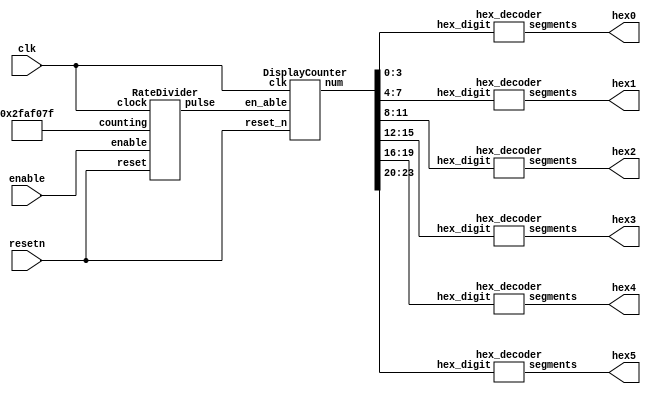
module outsideCounter(clk, resetn, enable, hex0, hex1, hex2, hex3, hex4, hex5);
	input clk;
	input resetn, enable;
	output [6:0] hex0, hex1, hex2, hex3, hex4, hex5;
	wire signal;
	wire [23:0] display;
	
	RateDivider rate(
		.pulse(signal),
		.enable(enable),
		.reset(resetn),
		.clock(clk),
		.counting(28'd49_999_999)
		);
					
	DisplayCounter dis(
		.num(display), 
		.en_able(signal), 
		.reset_n(resetn), 
		.clk(clk)
		);
	
	hex_decoder h0(.hex_digit(display[3:0]), .segments(hex0));
	hex_decoder h1(.hex_digit(display[7:4]), .segments(hex1));
	hex_decoder h2(.hex_digit(display[11:8]), .segments(hex2));
	hex_decoder h3(.hex_digit(display[15:12]), .segments(hex3));
	hex_decoder h4(.hex_digit(display[19:16]), .segments(hex4));
	hex_decoder h5(.hex_digit(display[23:20]), .segments(hex5));

endmodule

module RateDivider(
output pulse, 
input enable, 
input reset, 
input clock, 
input [27:0] counting
);
	
	reg [27:0] out;
	
	always @(posedge clock)
	begin
		if (reset == 1'b0)
			out[27:0] <= counting[27:0];
		else if (enable == 1'b1)
			begin
				if (out == 28'd0)
					out <= counting[27:0];
				else
					out <= out - 1'd1;
			end
	end
	
	assign pulse = (out == 28'd0) ? 1 : 0;
endmodule

module DisplayCounter(
output reg [23:0] num, 
input en_able, 
input reset_n, 
input clk
);
	
	always @(posedge clk)
	begin
		if (reset_n == 1'b0)
			num <= 23'b0;
		else if (en_able == 1'b1)
			begin
				if (num == 24'b1111_1111_1111_1111_1111_1111) num <= num;
				else
					begin
						num <= num + 1'b1;
					end
			end
	end
endmodule

module hex_decoder(hex_digit, segments);
    input [3:0] hex_digit;
    output reg [6:0] segments;
   
    always @(*)
        case (hex_digit)
            4'h0: segments = 7'b100_0000;
            4'h1: segments = 7'b111_1001;
            4'h2: segments = 7'b010_0100;
            4'h3: segments = 7'b011_0000;
            4'h4: segments = 7'b001_1001;
            4'h5: segments = 7'b001_0010;
            4'h6: segments = 7'b000_0010;
            4'h7: segments = 7'b111_1000;
            4'h8: segments = 7'b000_0000;
            4'h9: segments = 7'b001_1000;
            4'hA: segments = 7'b000_1000;
            4'hB: segments = 7'b000_0011;
            4'hC: segments = 7'b100_0110;
            4'hD: segments = 7'b010_0001;
            4'hE: segments = 7'b000_0110;
            4'hF: segments = 7'b000_1110;   
            default: segments = 7'h7f;
        endcase
endmodule